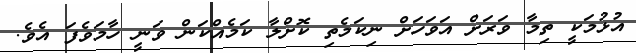
އުޅުމަކީ ތިމާ ވަރަށް އަވަހަށް ނިކަމެތި ކޮށްލާ ކަމެއްކަން ވަނީ ހާމަވެފަ އެވެ.